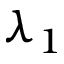
\lambda _ { 1 }